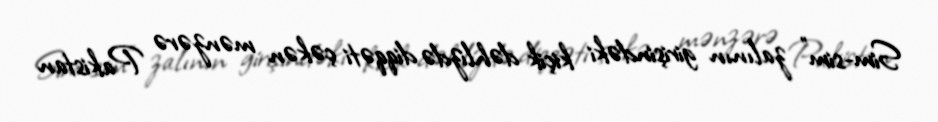
Sim-sim" zalının girişindəki kiçik dəhlizdə diqqəti çəkən mənzərə Pakistan